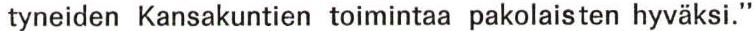
tyneiden Kansakuntien toimintaa pakolaisten hyväksi."